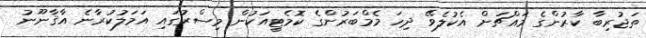
ތަޖުރިބާ ކާރުންގެ މައްޗަށް އެކުލެވޭ ދިހަ މެމްބަރުންގެ ކޮމެޓީއަކުން މިސްރުގައި އަމަލުކުރާނެ އާޤާނޫނު